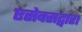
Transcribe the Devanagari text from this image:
एसेक्सद्वारा